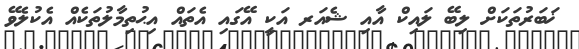
ޚަބަރުތަކަށް ލިބޭ ލައިކް އާއި ޝެއަރ އަކީ އޭގައި އެތައް އިޙުތިމާލުތަކެއް އެކުލެވޭ